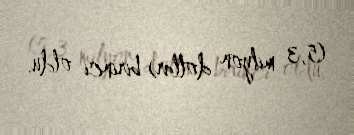
(5,3 milyon dollar) birinci oldu.